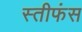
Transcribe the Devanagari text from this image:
स्तीफंस